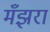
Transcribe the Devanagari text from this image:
मँझरा